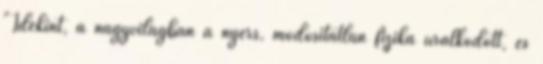
"Idekint, a nagyvilágban a nyers, módosítatlan fizika uralkodott, és